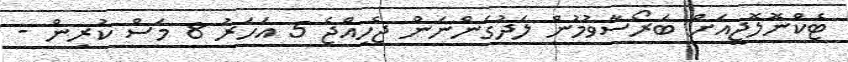
ޓެކްނޮލޮޖީއަށް ބަރޯސާވުމުން ލަދުގަންނަން ޖެހިއްޖެ 5 އަހަރު 8 މަސް ކުރިން -